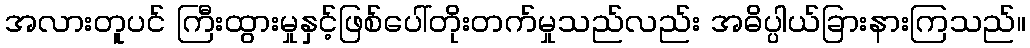
အလားတူပင် ကြီးထွားမှုနှင့်ဖြစ်ပေါ်တိုးတက်မှုသည်လည်း အဓိပ္ပါယ်ခြားနားကြသည်။